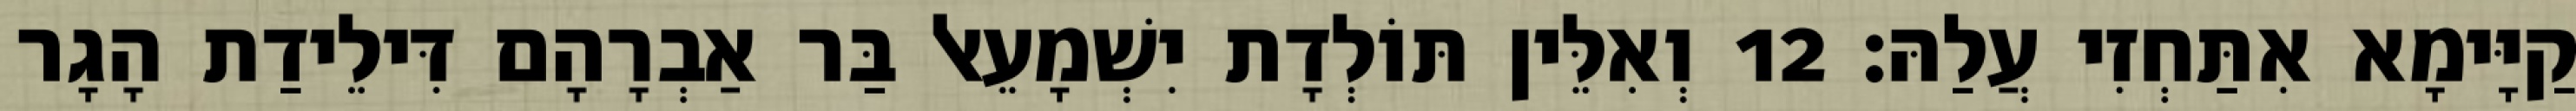
קַיָּימָא אִתַּחְזִי עֲלַהּ׃ 12 וְאִלֵּין תּוֹלְדָת יִשְׁמָעֵאל בַּר אַבְרָהָם דִּילֵידַת הָגָר